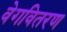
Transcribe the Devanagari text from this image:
वेगवितरण